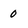
Character: 0